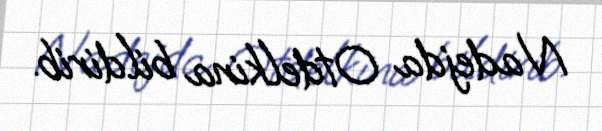
Nadejda Otdelkina bildirib.